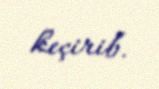
keçirib.